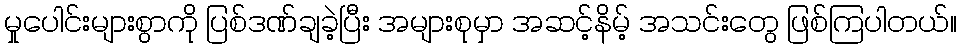
မှုပေါင်းများစွာကို ပြစ်ဒဏ်ချခဲ့ပြီး အများစုမှာ အဆင့်နိမ့် အသင်းတွေ ဖြစ်ကြပါတယ်။